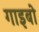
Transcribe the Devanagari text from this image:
गाइबो